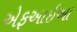
એફઆઇઆ